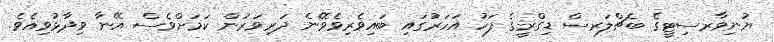
ޔުނިވާރސިޓީގެ ބެޗްލަރސް ޑިގްރީގެ ފަހު އަހަރުގައި ބައިވެރިވެވޭނެ ދަރިވަރުން ކަމަށްވެސް އޭނާ ވިދާޅުވިއެވެ.